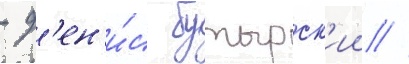
- д'ен'и́с бутырск'ии //